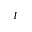
^ { l }